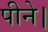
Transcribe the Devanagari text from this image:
पीने।